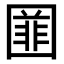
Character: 𡈚